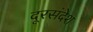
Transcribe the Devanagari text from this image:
दूरसंदेश